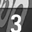
Digit: 3